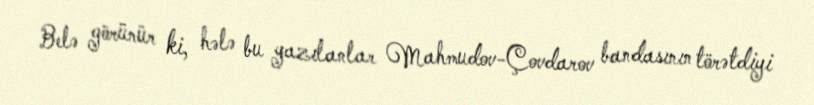
Belə görünür ki, hələ bu yazılanlar Mahmudov-Çovdarov bandasının törətdiyi